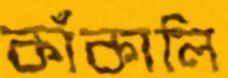
কাঁকালি